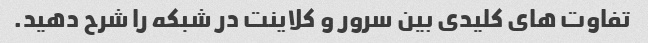
تفاوت های کلیدی بین سرور و کلاینت در شبکه را شرح دهید.